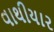
વાથીયાર